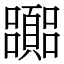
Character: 嚻